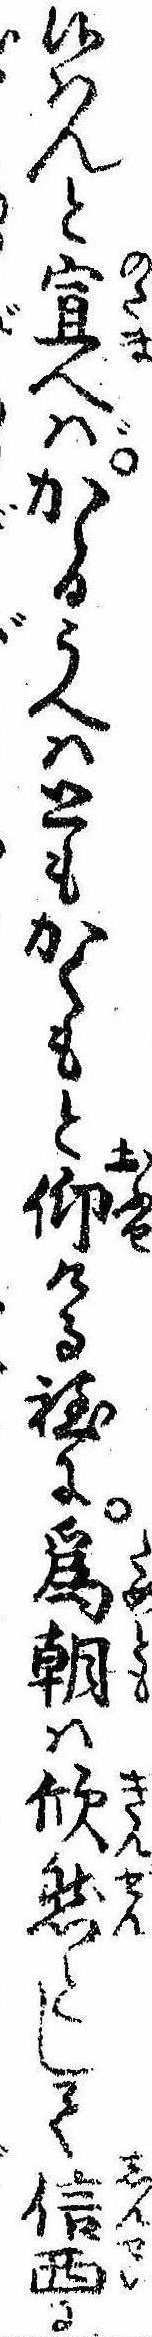
候はんと宣へばかゝるうへはともかくもと仰ける程に為朝は欣然として信西に